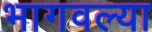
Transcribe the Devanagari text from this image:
भागवल्या